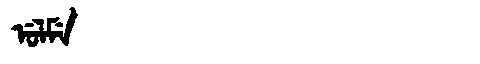
Manchu: ᡠᠯᠮᡝ
Romanization: ULME